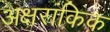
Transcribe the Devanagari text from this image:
अक्षरांकिक